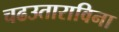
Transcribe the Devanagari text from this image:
चढउताराविना